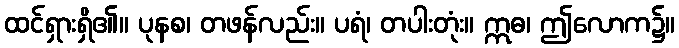
ထင်ရှားရှိ၏။ ပုနစ၊ တဖန်လည်း။ ပရံ၊ တပါးတုံး။ ဣဓ၊ ဤလောက၌။